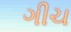
ગીચ